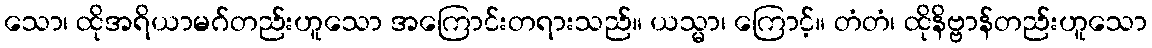
သော၊ ထိုအရိယာမဂ်တည်းဟူသော အကြောင်းတရားသည်။ ယသ္မာ၊ ကြောင့်။ တံတံ၊ ထိုနိဗ္ဗာန်တည်းဟူသော